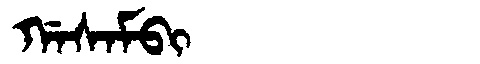
Manchu: ᡤᠠᠰᠠᠮᠪᡳ
Romanization: GASAMBI